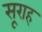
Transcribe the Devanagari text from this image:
सूराह